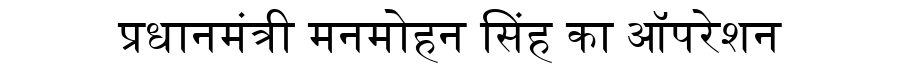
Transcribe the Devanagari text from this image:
प्रधानमंत्री मनमोहन सिंह का ऑपरेशन